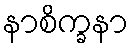
နာစိက္ခနာ